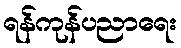
ရန်ကုန်ပညာရေး